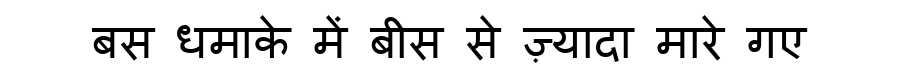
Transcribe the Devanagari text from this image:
बस धमाके में बीस से ज़्यादा मारे गए